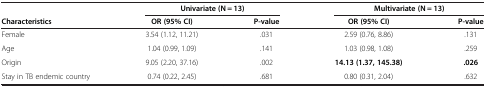
|  | <COLSPAN=2> Univariate (N = 13) | <COLSPAN=2> Multivariate (N = 13) |
 | Characteristics | OR (95% CI) | P-value | OR (95% CI) | P-value |
 | --- | --- | --- | --- | --- |
 | Female | 3.54 (1.12, 11.21) | .031 | 2.59 (0.76, 8.86) | .131 |
 | Age | 1.04 (0.99, 1.09) | .141 | 1.03 (0.98, 1.08) | .259 |
 | Origin | 9.05 (2.20, 37.16) | .002 | 14.13 (1.37, 145.38) | .026 |
 | Stay in TB endemic country | 0.74 (0.22, 2.45) | .681 | 0.80 (0.31, 2.04) | .632 |